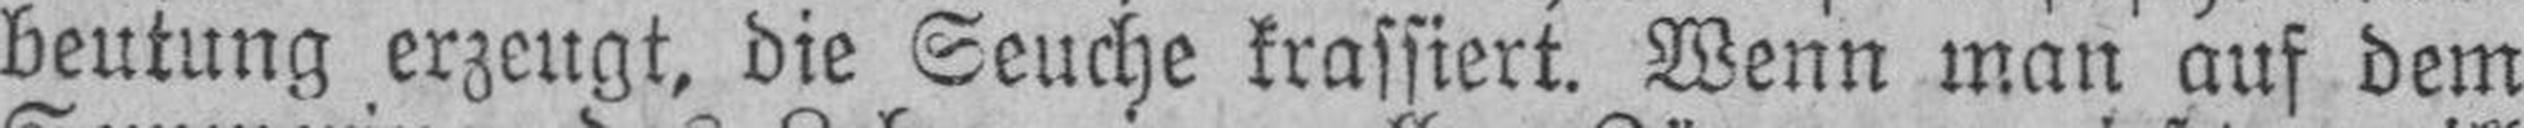
beutung erzeugt, die Seuche krassiert. Wenn man auf dem